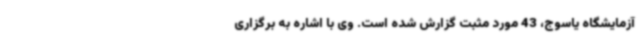
آزمایشگاه یاسوج، 43 مورد مثبت گزارش شده است. وی با اشاره به برگزاری